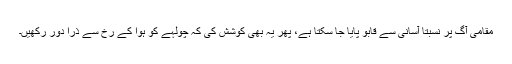
مقامی آگ پر نسبتاً آسانی سے قابو پایا جا سکتا ہے، پھر یہ بھی کوشش کی کہ چولہے کو ہوا کے رخ سے ذرا دور رکھیں۔